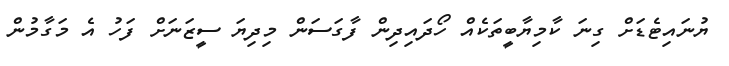
ޔުނައިޓެޑަށް ގިނަ ކާމިޔާބީތަކެއް ހޯދައިދިން ފާގަސަން މިދިޔަ ސީޒަނަށް ފަހު އެ މަގާމުން